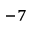
^ { - 7 }